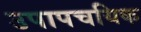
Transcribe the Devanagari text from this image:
उपापचयिक